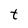
Character: t